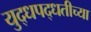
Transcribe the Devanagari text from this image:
युद्धपद्धतीच्या